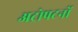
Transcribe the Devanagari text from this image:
अट्रोपटनों